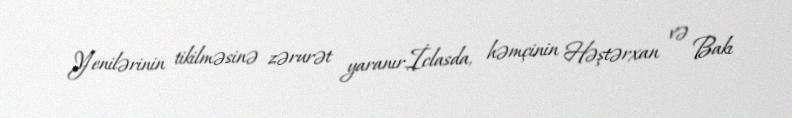
Yenilərinin tikilməsinə zərurət yaranır.İclasda, həmçinin Həştərxan və Bakı